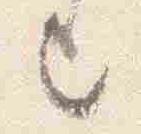
上